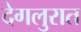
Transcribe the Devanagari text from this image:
देगलुरात